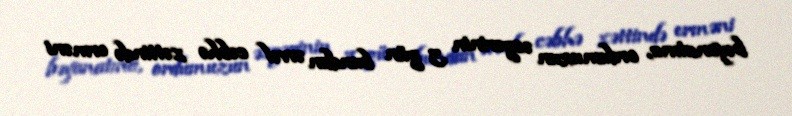
bəyanatına, ordumuzun əsgərinin 3 gün bundan əvvəl cəbhə xəttində erməni